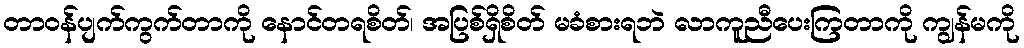
တာဝန်ပျက်ကွက်တာကို နောင်တရစိတ်၊ အပြစ်ရှိစိတ် မခံစားရဘဲ လာကူညီပေးကြတာကို ကျွန်မကို